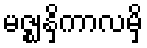
မဇ္ဈနှိကာလမှိ